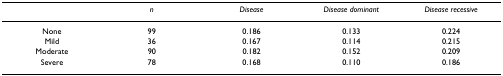
<table><thead><tr><td></td><td><b><i>n</i></b></td><td><b><i>Disease</i></b></td><td><b><i>Disease dominant</i></b></td><td><b><i>Disease recessive</i></b></td></tr></thead><tbody><tr><td>None</td><td>99</td><td>0.186</td><td>0.133</td><td>0.224</td></tr><tr><td>Mild</td><td>36</td><td>0.167</td><td>0.114</td><td>0.215</td></tr><tr><td>Moderate</td><td>90</td><td>0.182</td><td>0.152</td><td>0.209</td></tr><tr><td>Severe</td><td>78</td><td>0.168</td><td>0.110</td><td>0.186</td></tr></tbody></table>